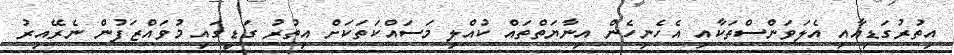
އިތުރުގަޑިއާއި އެލަވަންސްތަކާއި އެހެނިހެން އިނާޔަތްތައް ކުއްލި މަސައްކަތަކަށް އިތުރު ގަޑީގައި މުވައްޒަފުން ނެރޭއިރު